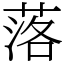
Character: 落